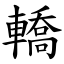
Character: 轎